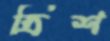
ত্রিশ